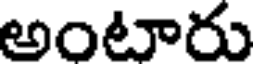
అంటారు